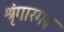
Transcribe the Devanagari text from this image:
श्रृंगारगढ़